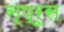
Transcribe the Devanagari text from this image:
स्‍प्रूस